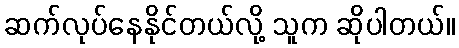
ဆက်လုပ်နေနိုင်တယ်လို့ သူက ဆိုပါတယ်။